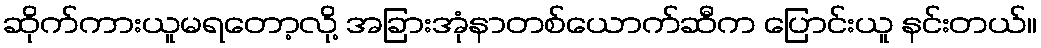
ဆိုက်ကားယူမရတော့လို့ အခြားအုံနာတစ်ယောက်ဆီက ပြောင်းယူ နင်းတယ်။